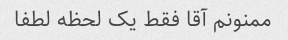
ممنونم آقا فقط یک لحظه لطفا